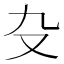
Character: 𠬚